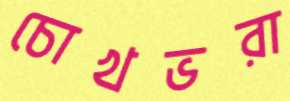
চোখভরা